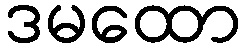
ဒမထော